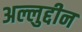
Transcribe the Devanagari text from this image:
अल्लुद्दीन